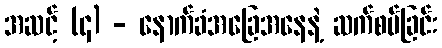
အဆင့် (၄) - နောက်ခံအခြေအနေနဲ့ ဆက်စပ်ခြင်း